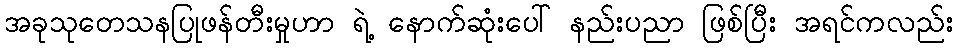
အခုသုတေသနပြုဖန်တီးမှုဟာ ရဲ့ နောက်ဆုံးပေါ် နည်းပညာ ဖြစ်ပြီး အရင်ကလည်း